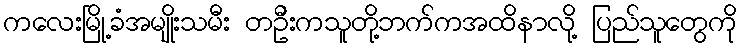
ကလေးမြို့ခံအမျိုးသမီး တဦးကသူတို့ဘက်ကအထိနာလို့ ပြည်သူတွေကို